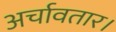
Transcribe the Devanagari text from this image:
अर्चावतार।